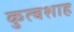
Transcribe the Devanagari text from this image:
कुत्बशाह